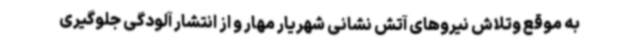
به موقع وتلاش نیروهای آتش نشانی شهریار مهار و از انتشار آلودگی جلوگیری